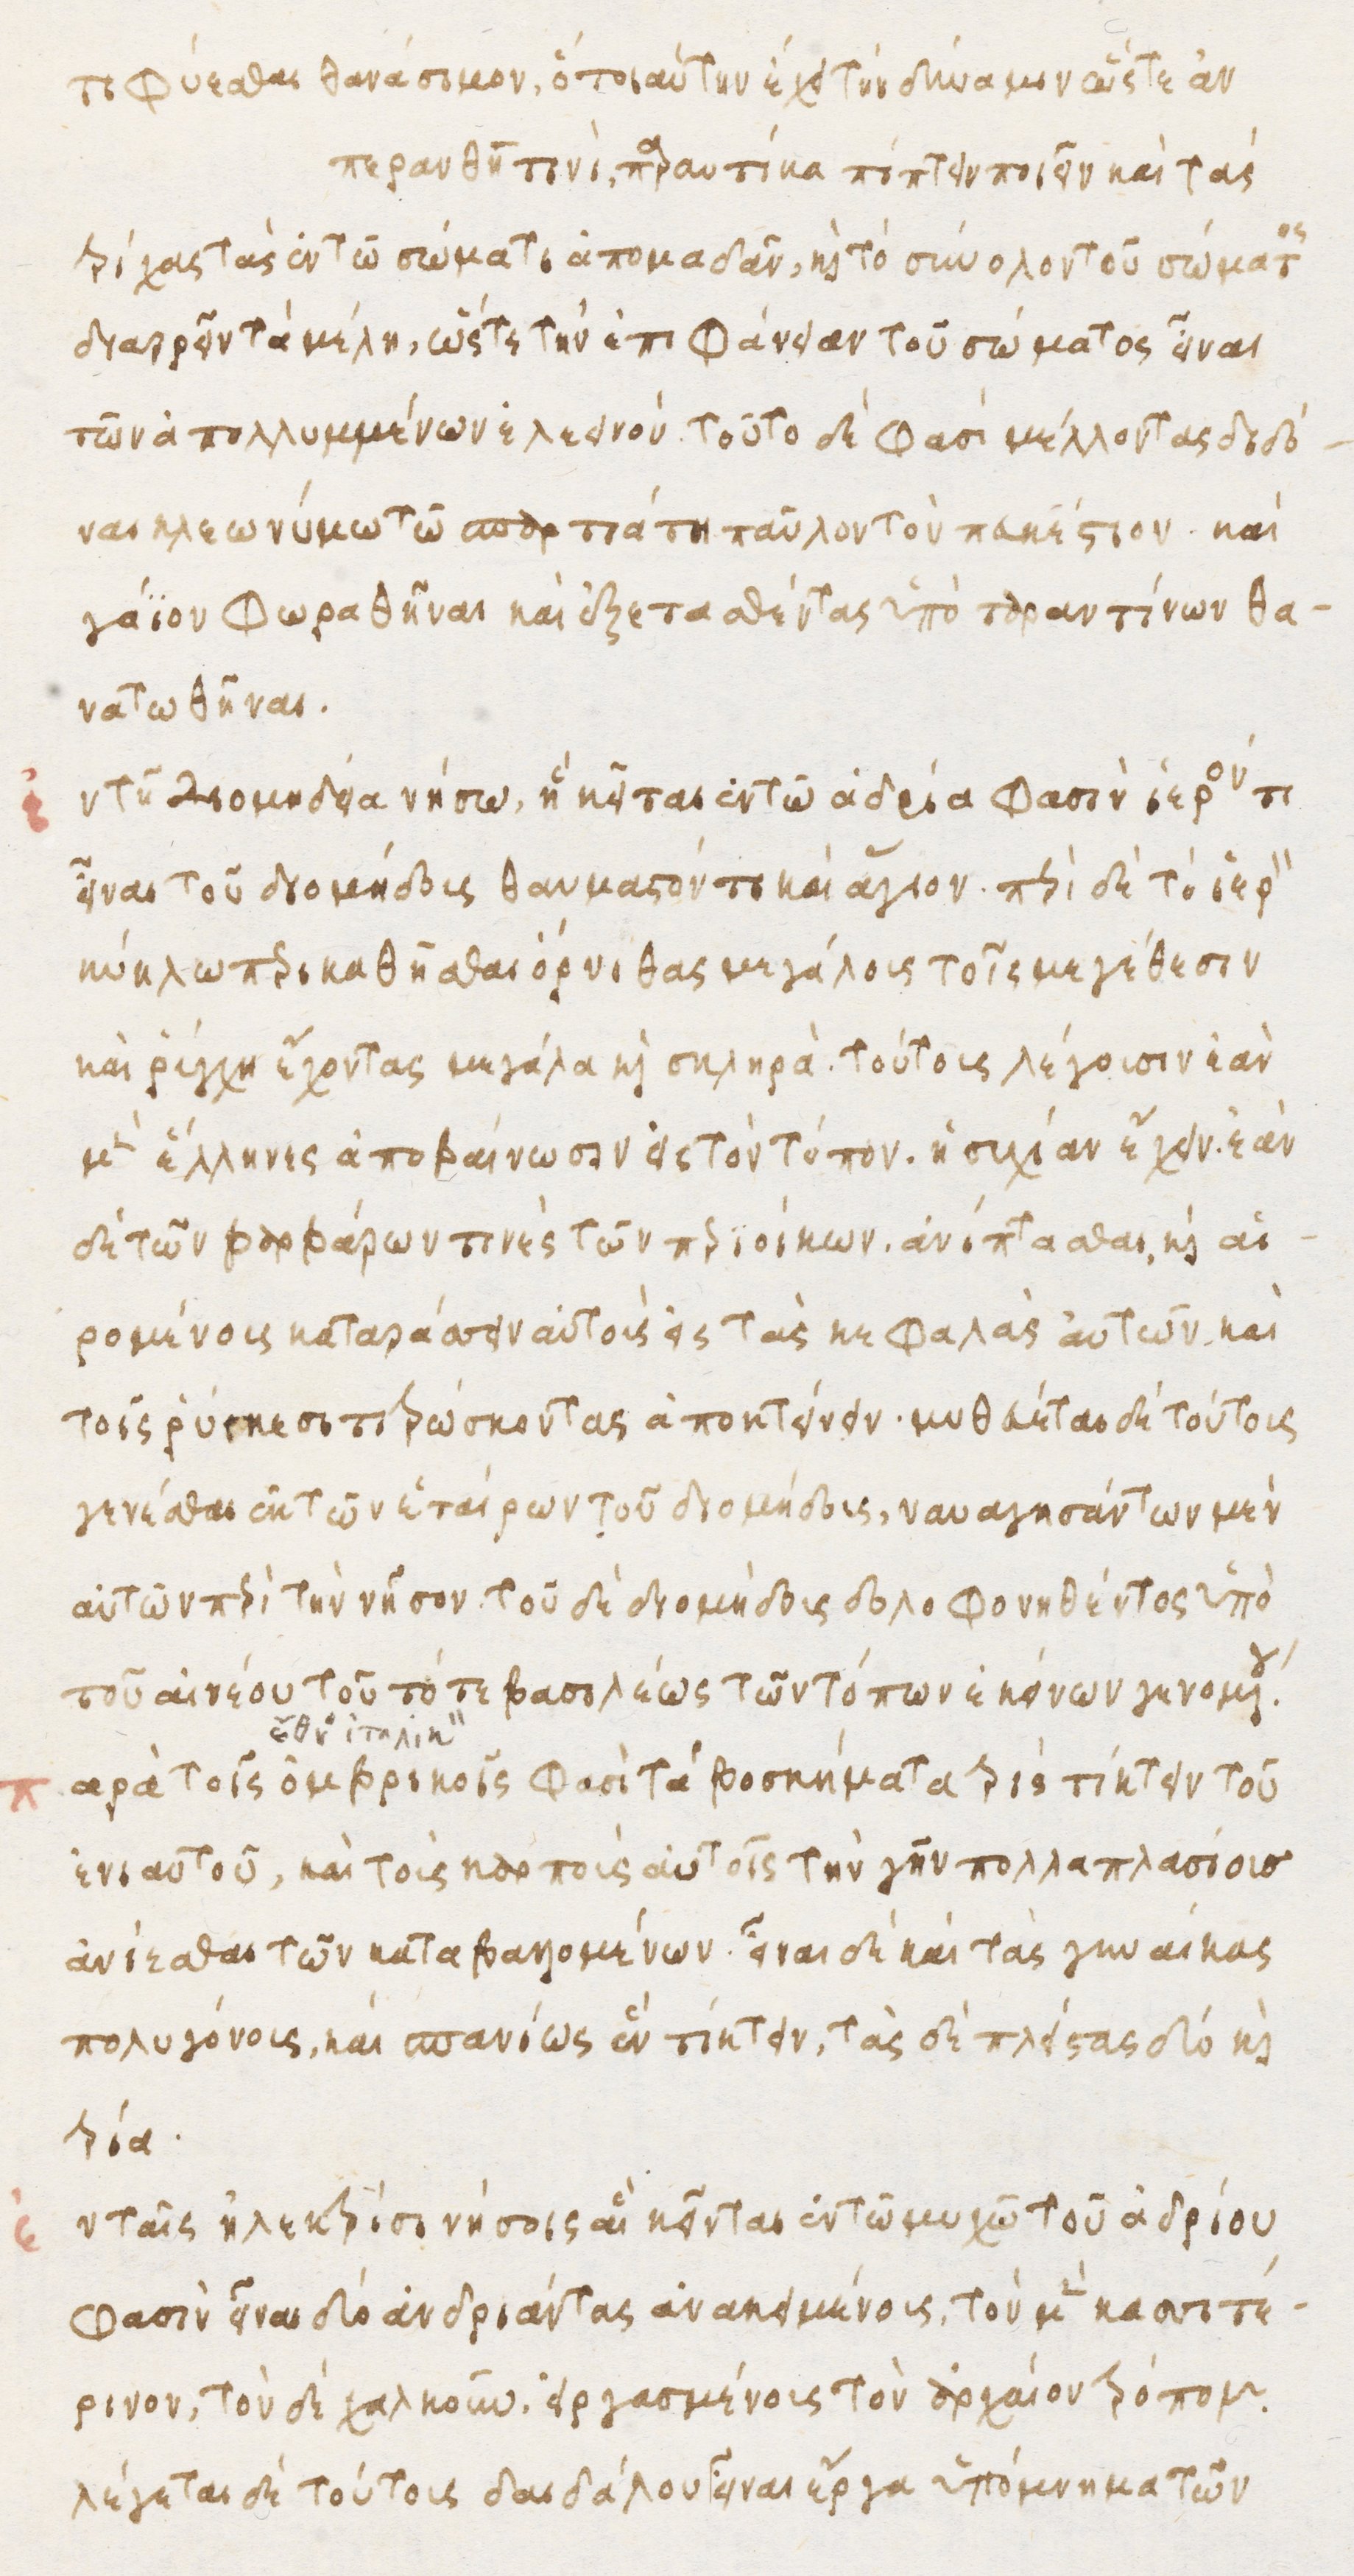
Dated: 1480–1497